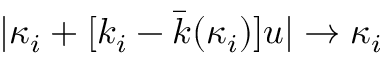
| \kappa _ { i } + [ k _ { i } - \bar { k } ( \kappa _ { i } ) ] u | \rightarrow \kappa _ { i }